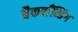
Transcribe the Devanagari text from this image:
बैकबाँन्डिंग